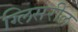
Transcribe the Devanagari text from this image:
ग्लिसरील